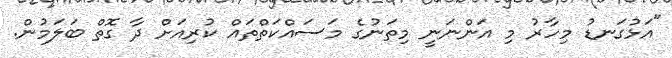
"އަޅުގަނޑު މިހާރު މި އަންނަނީ މިތަނުގެ މަސައްކަތްތައް ކުރިއަށް ދާ ގޮތް ބަލަމުން.